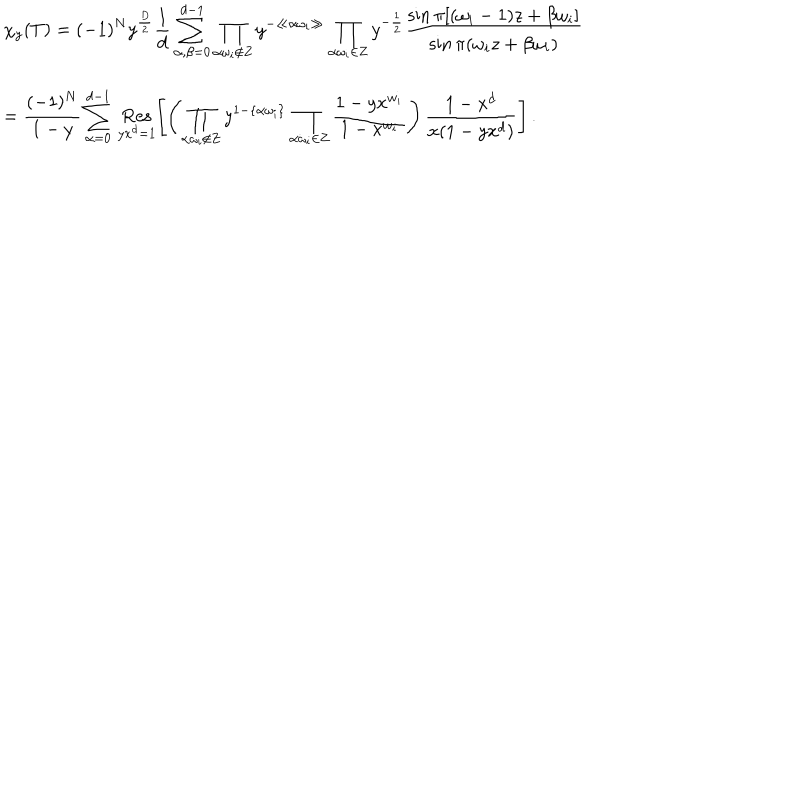
\begin{array} { l l } { { } } & { { \displaystyle \chi _ { y } ( T ) = ( - 1 ) ^ { N } y ^ { \frac { D } { 2 } } \frac { 1 } { d } \sum _ { \alpha , \beta = 0 } ^ { d - 1 } \prod _ { \alpha \omega _ { i } \not \in { \bf Z } } y ^ { - \ll \alpha \omega _ { i } \gg } \prod _ { \alpha \omega _ { i } \in { \bf Z } } y ^ { - \frac { 1 } { 2 } } \frac { \sin \pi [ ( \omega _ { i } - 1 ) z + \beta \omega _ { i } ] } { \sin \pi ( \omega _ { i } z + \beta \omega _ { i } ) } } } \\ { { } } & { { \displaystyle = \frac { ( - 1 ) ^ { N } } { 1 - y } \sum _ { \alpha = 0 } ^ { d - 1 } \, \mathop { \mathrm { R e s } } _ { y x ^ { d } = 1 } \left[ \left( \prod _ { \alpha \omega _ { i } \not \in { \bf Z } } y ^ { 1 - \{ \alpha \omega _ { i } \} } \prod _ { \alpha \omega _ { i } \in { \bf Z } } \frac { 1 - y x ^ { w _ { i } } } { 1 - x ^ { w _ { i } } } \right) \frac { 1 - x ^ { d } } { x ( 1 - y x ^ { d } ) } \right] \, . \nonumber } } \\ \end{array}